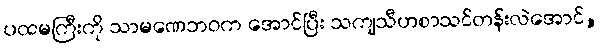
ပထမကြီးကို သာမဏေဘဝက အောင်ပြီး သကျသီဟစာသင်တန်းလဲအောင်,